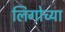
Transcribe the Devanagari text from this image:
लिगोच्या